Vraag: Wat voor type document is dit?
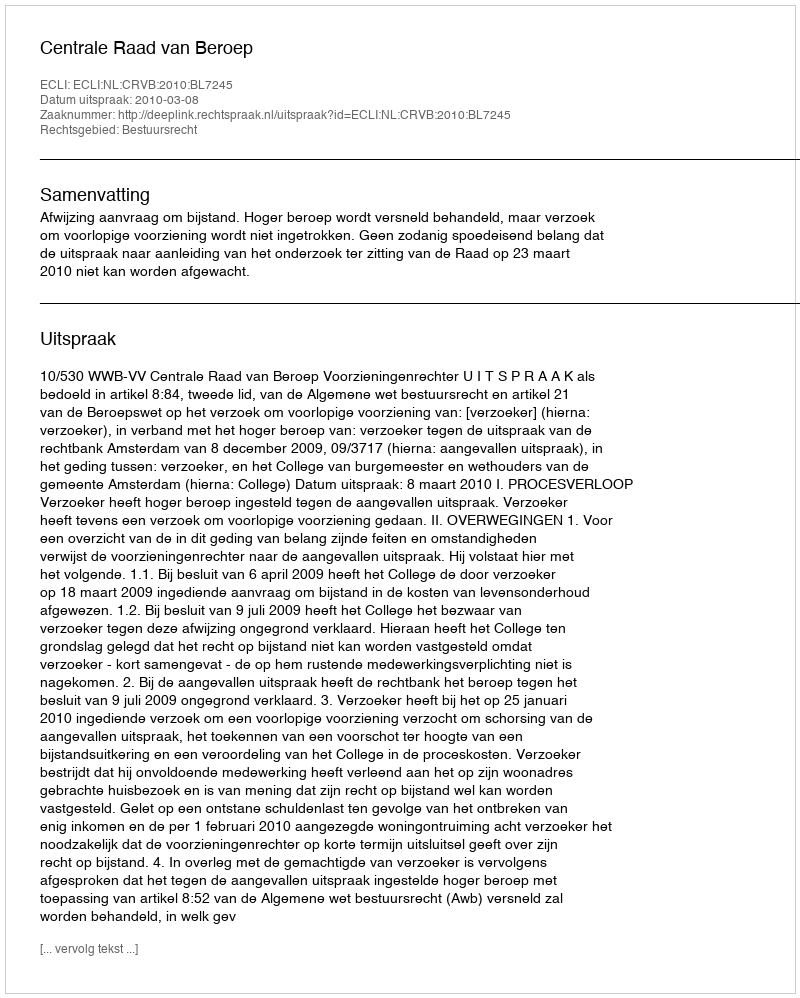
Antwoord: Uitspraak